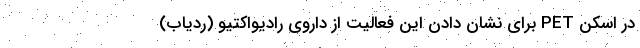
در اسکن PET برای نشان دادن این فعالیت از داروی رادیواکتیو (ردیاب)